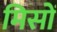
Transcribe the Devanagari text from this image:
मिसों